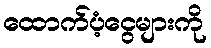
ထောက်ပံ့ငွေများကို